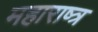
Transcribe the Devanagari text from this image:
महाराष्त्र